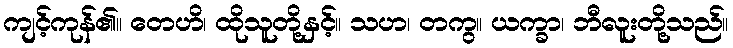
ကျင့်ကုန်၏။ တေဟိ၊ ထိုသူတို့နှင့်။ သဟ၊ တကွ။ ယက္ခာ၊ ဘီလူးတို့သည်။